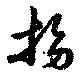
拗